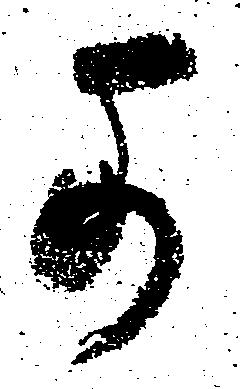
可